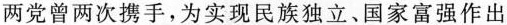
两党曾两次携手，为实现民族独立、国家富强作出